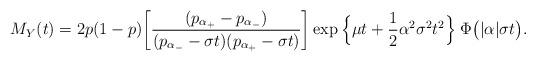
LaTeX: \begin{align*}M_{Y}(t) = 2p(1-p) \bigg[\frac{ (p_{\alpha_{+}} - p_{\alpha_{-}}) }{(p_{\alpha_{-}} -\sigma t)(p_{\alpha_{+}} -\sigma t)} \bigg]\exp\Big\{ \mu t + \frac{1}{2} \alpha^2 \sigma^2 t^2 \Big\} \;\Phi\big(|\alpha| \sigma t \big). \end{align*}